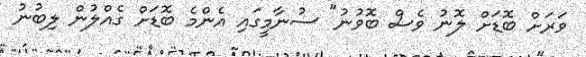
ވަރަށް ބޮޑަށް ލޮނު ވެސް ބޮވުނު" ސުނާމީގައި އެންމެ ބޮޑަށް ގެއްލުން ލިބުނު